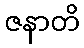
ဇနာတိ